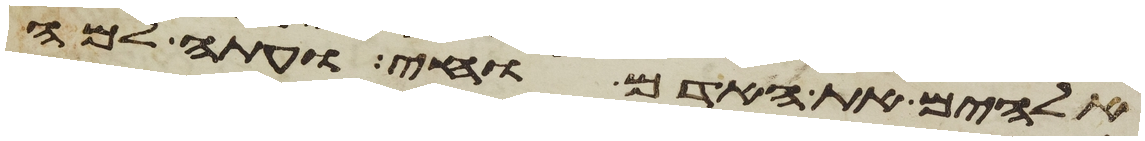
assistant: אלהים את האדם וחי ועתה למה